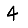
Digit: 4